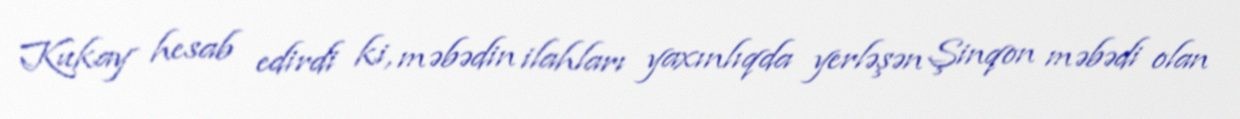
Kukay hesab edirdi ki, məbədin ilahları yaxınlıqda yerləşən Şinqon məbədi olan